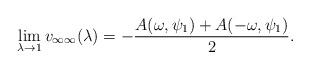
LaTeX: \begin{align*}\lim_{\lambda\to 1} v_{\infty\infty}(\lambda)=-\frac{A(\omega, \psi_1) + A(-\omega, \psi_1)}2.\end{align*}